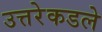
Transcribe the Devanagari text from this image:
उत्तरेकडले